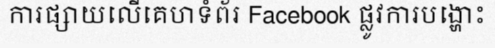
ការផ្សាយលើគេហទំព័រ Facebook ផ្លូវការបង្ហោះ